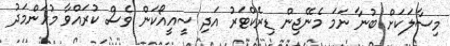
މިސާލަކަށް ބުނާ ނަމަ މެނޭޖިން ޑިރެކްޓަރު އަދި ސީއީއޯކަން ވެސް ކުރައްވާ މުހަންމަދު